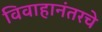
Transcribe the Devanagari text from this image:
विवाहानंतरचे